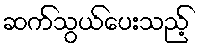
ဆက်သွယ်ပေးသည့်